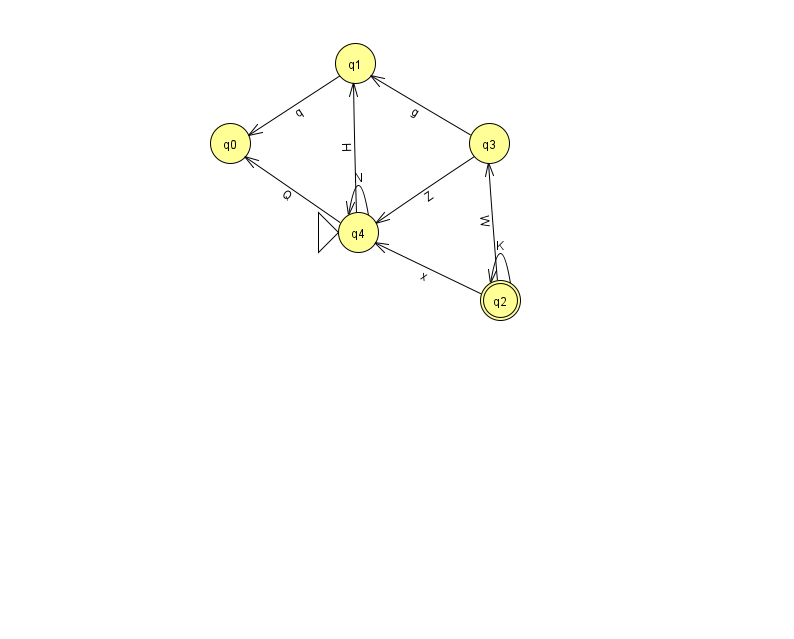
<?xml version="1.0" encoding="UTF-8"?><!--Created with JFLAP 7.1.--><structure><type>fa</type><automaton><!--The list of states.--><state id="0" name="q0"><x>230.0</x><y>130.0</y></state><state id="1" name="q1"><x>355.0</x><y>50.0</y></state><state id="2" name="q2"><x>500.0</x><y>287.0</y><final/></state><state id="3" name="q3"><x>489.0</x><y>130.0</y></state><state id="4" name="q4"><x>358.0</x><y>219.0</y><initial/></state><!--The list of transitions.--><transition><from>1</from><to>0</to><read>q</read></transition><transition><from>2</from><to>3</to><read>W</read></transition><transition><from>2</from><to>4</to><read>x</read></transition><transition><from>3</from><to>4</to><read>Z</read></transition><transition><from>4</from><to>0</to><read>Q</read></transition><transition><from>2</from><to>2</to><read>K</read></transition><transition><from>3</from><to>1</to><read>g</read></transition><transition><from>4</from><to>1</to><read>H</read></transition><transition><from>4</from><to>4</to><read>N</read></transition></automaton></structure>